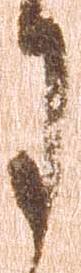
月